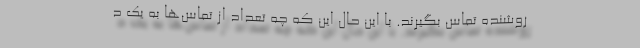
روشنده تماس بگیرند. با این حال این که چه تعداد از تماس‌ها به یک د